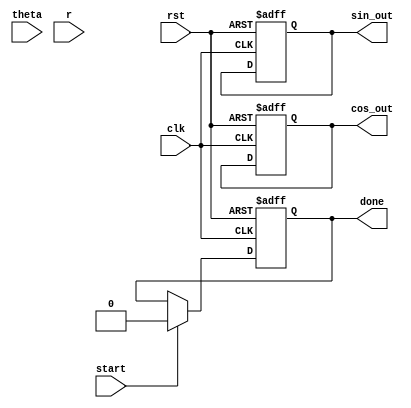
module cordic (
    input wire clk,
    input wire rst,
    input wire [15:0] theta, // Angle input in radians (fixed-point)
    input wire [15:0] r,     // Magnitude input (fixed-point)
    input wire start,        // Start signal for the CORDIC operation
    output reg [15:0] cos_out, // Cosine output
    output reg [15:0] sin_out, // Sine output
    output reg done          // Done signal
);

    // Parameters
    parameter NUM_ITERATIONS = 16; // Number of iterations
    parameter K = 16'h26DD; // Scaling factor (approx. 0.607)

    // Internal registers
    reg [15:0] x [0:NUM_ITERATIONS-1]; // x values
    reg [15:0] y [0:NUM_ITERATIONS-1]; // y values
    reg [15:0] angle [0:NUM_ITERATIONS-1]; // Angle values
    reg [3:0] iteration; // Current iteration
    reg [15:0] atan_table [0:NUM_ITERATIONS-1]; // Arctangent lookup table
    reg [15:0] current_angle; // Current angle
    reg [15:0] current_x, current_y; // Current x and y

    // Initialize the arctangent lookup table
    initial begin
        atan_table[0] = 16'h2000; // atan(1) = /4
        atan_table[1] = 16'h1000; // atan(1/2) = /6
        atan_table[2] = 16'h0800; // atan(1/4) = /12
        // Fill in the rest of the atan_table as needed
        // ...
    end

    // State machine for CORDIC operation
    always @(posedge clk or posedge rst) begin
        if (rst) begin
            iteration <= 0;
            done <= 0;
            cos_out <= 0;
            sin_out <= 0;
        end else if (start) begin
            // Initialize values
            current_x <= r; // Initial x = r
            current_y <= 0; // Initial y = 0
            current_angle <= theta; // Load angle
            iteration <= 0;
            done <= 0;
        end else if (iteration < NUM_ITERATIONS) begin
            // CORDIC rotation logic
            if (current_angle < 0) begin
                // Rotate clockwise
                current_x <= current_x + (current_y >>> iteration);
                current_y <= current_y - (current_x >>> iteration);
                current_angle <= current_angle + atan_table[iteration];
            end else begin
                // Rotate counterclockwise
                current_x <= current_x - (current_y >>> iteration);
                current_y <= current_y + (current_x >>> iteration);
                current_angle <= current_angle - atan_table[iteration];
            end
            iteration <= iteration + 1;
        end else if (iteration == NUM_ITERATIONS) begin
            // Final output
            cos_out <= (current_x * K) >>> 15; // Scale the output
            sin_out <= (current_y * K) >>> 15; // Scale the output
            done <= 1; // Indicate completion
        end
    end

endmodule